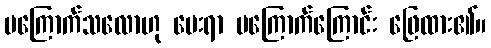
မကြောက်သလောဟု မေးရာ မကြောက်ကြောင်း ဖြေထား၏။